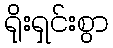
ရိုးရှင်းစွာ